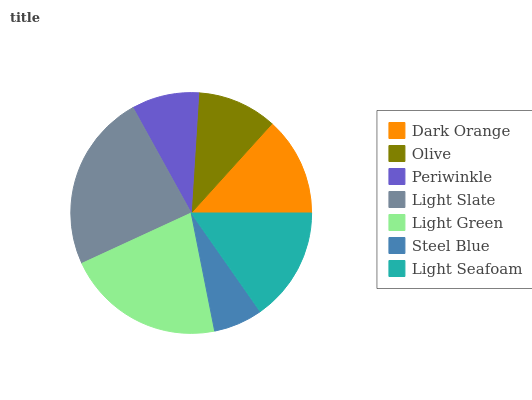
| Dark Orange | Olive | Periwinkle | Light Slate | Light Green | Steel Blue | Light Seafoam |
 | --- | --- | --- | --- | --- | --- | --- |
 | 13.3% | 10.7% | 9.04% | 23.9% | 21.2% | 6.61% | 15.3% |